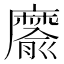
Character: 䵉